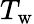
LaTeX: T_{\mathrm{w}}